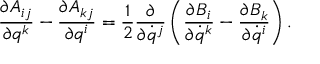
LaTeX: \frac { \partial A _ { i j } } { \partial q ^ { k } } - \frac { \partial A _ { k j } } { \partial q ^ { i } } = \frac 1 2 \frac { \partial } { \partial \dot { q } ^ { j } } \left( \frac { \partial B _ { i } } { \partial \dot { q } ^ { k } } - \frac { \partial B _ { k } } { \partial \dot { q } ^ { i } } \right) .